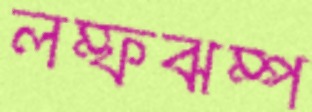
লম্ফঝম্প